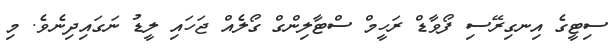
ސިޓީގެ އިނގިރޭސި ފޯވާޑް ރަހީމް ސްޓާލިންގް ގޯލެއް ޖަހައި ލީޑު ނަގައިދިނެވެ. މި